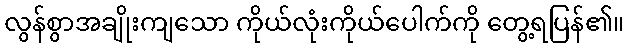
လွန်စွာအချိုးကျသော ကိုယ်လုံးကိုယ်ပေါက်ကို တွေ့ရပြန်၏။